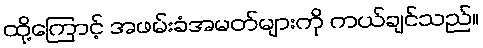
ထို့ကြောင့် အဖမ်းခံအမတ်များကို ကယ်ချင်သည်။